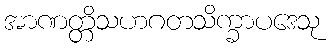
အာဏတ္တိသဟဂတသိက္ခာပဒေသု